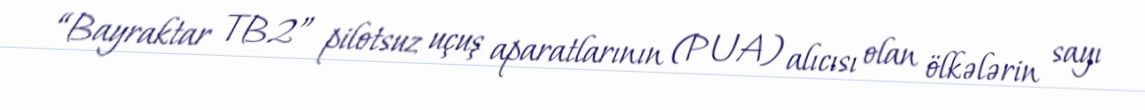
“Bayraktar TB2” pilotsuz uçuş aparatlarının (PUA) alıcısı olan ölkələrin sayı